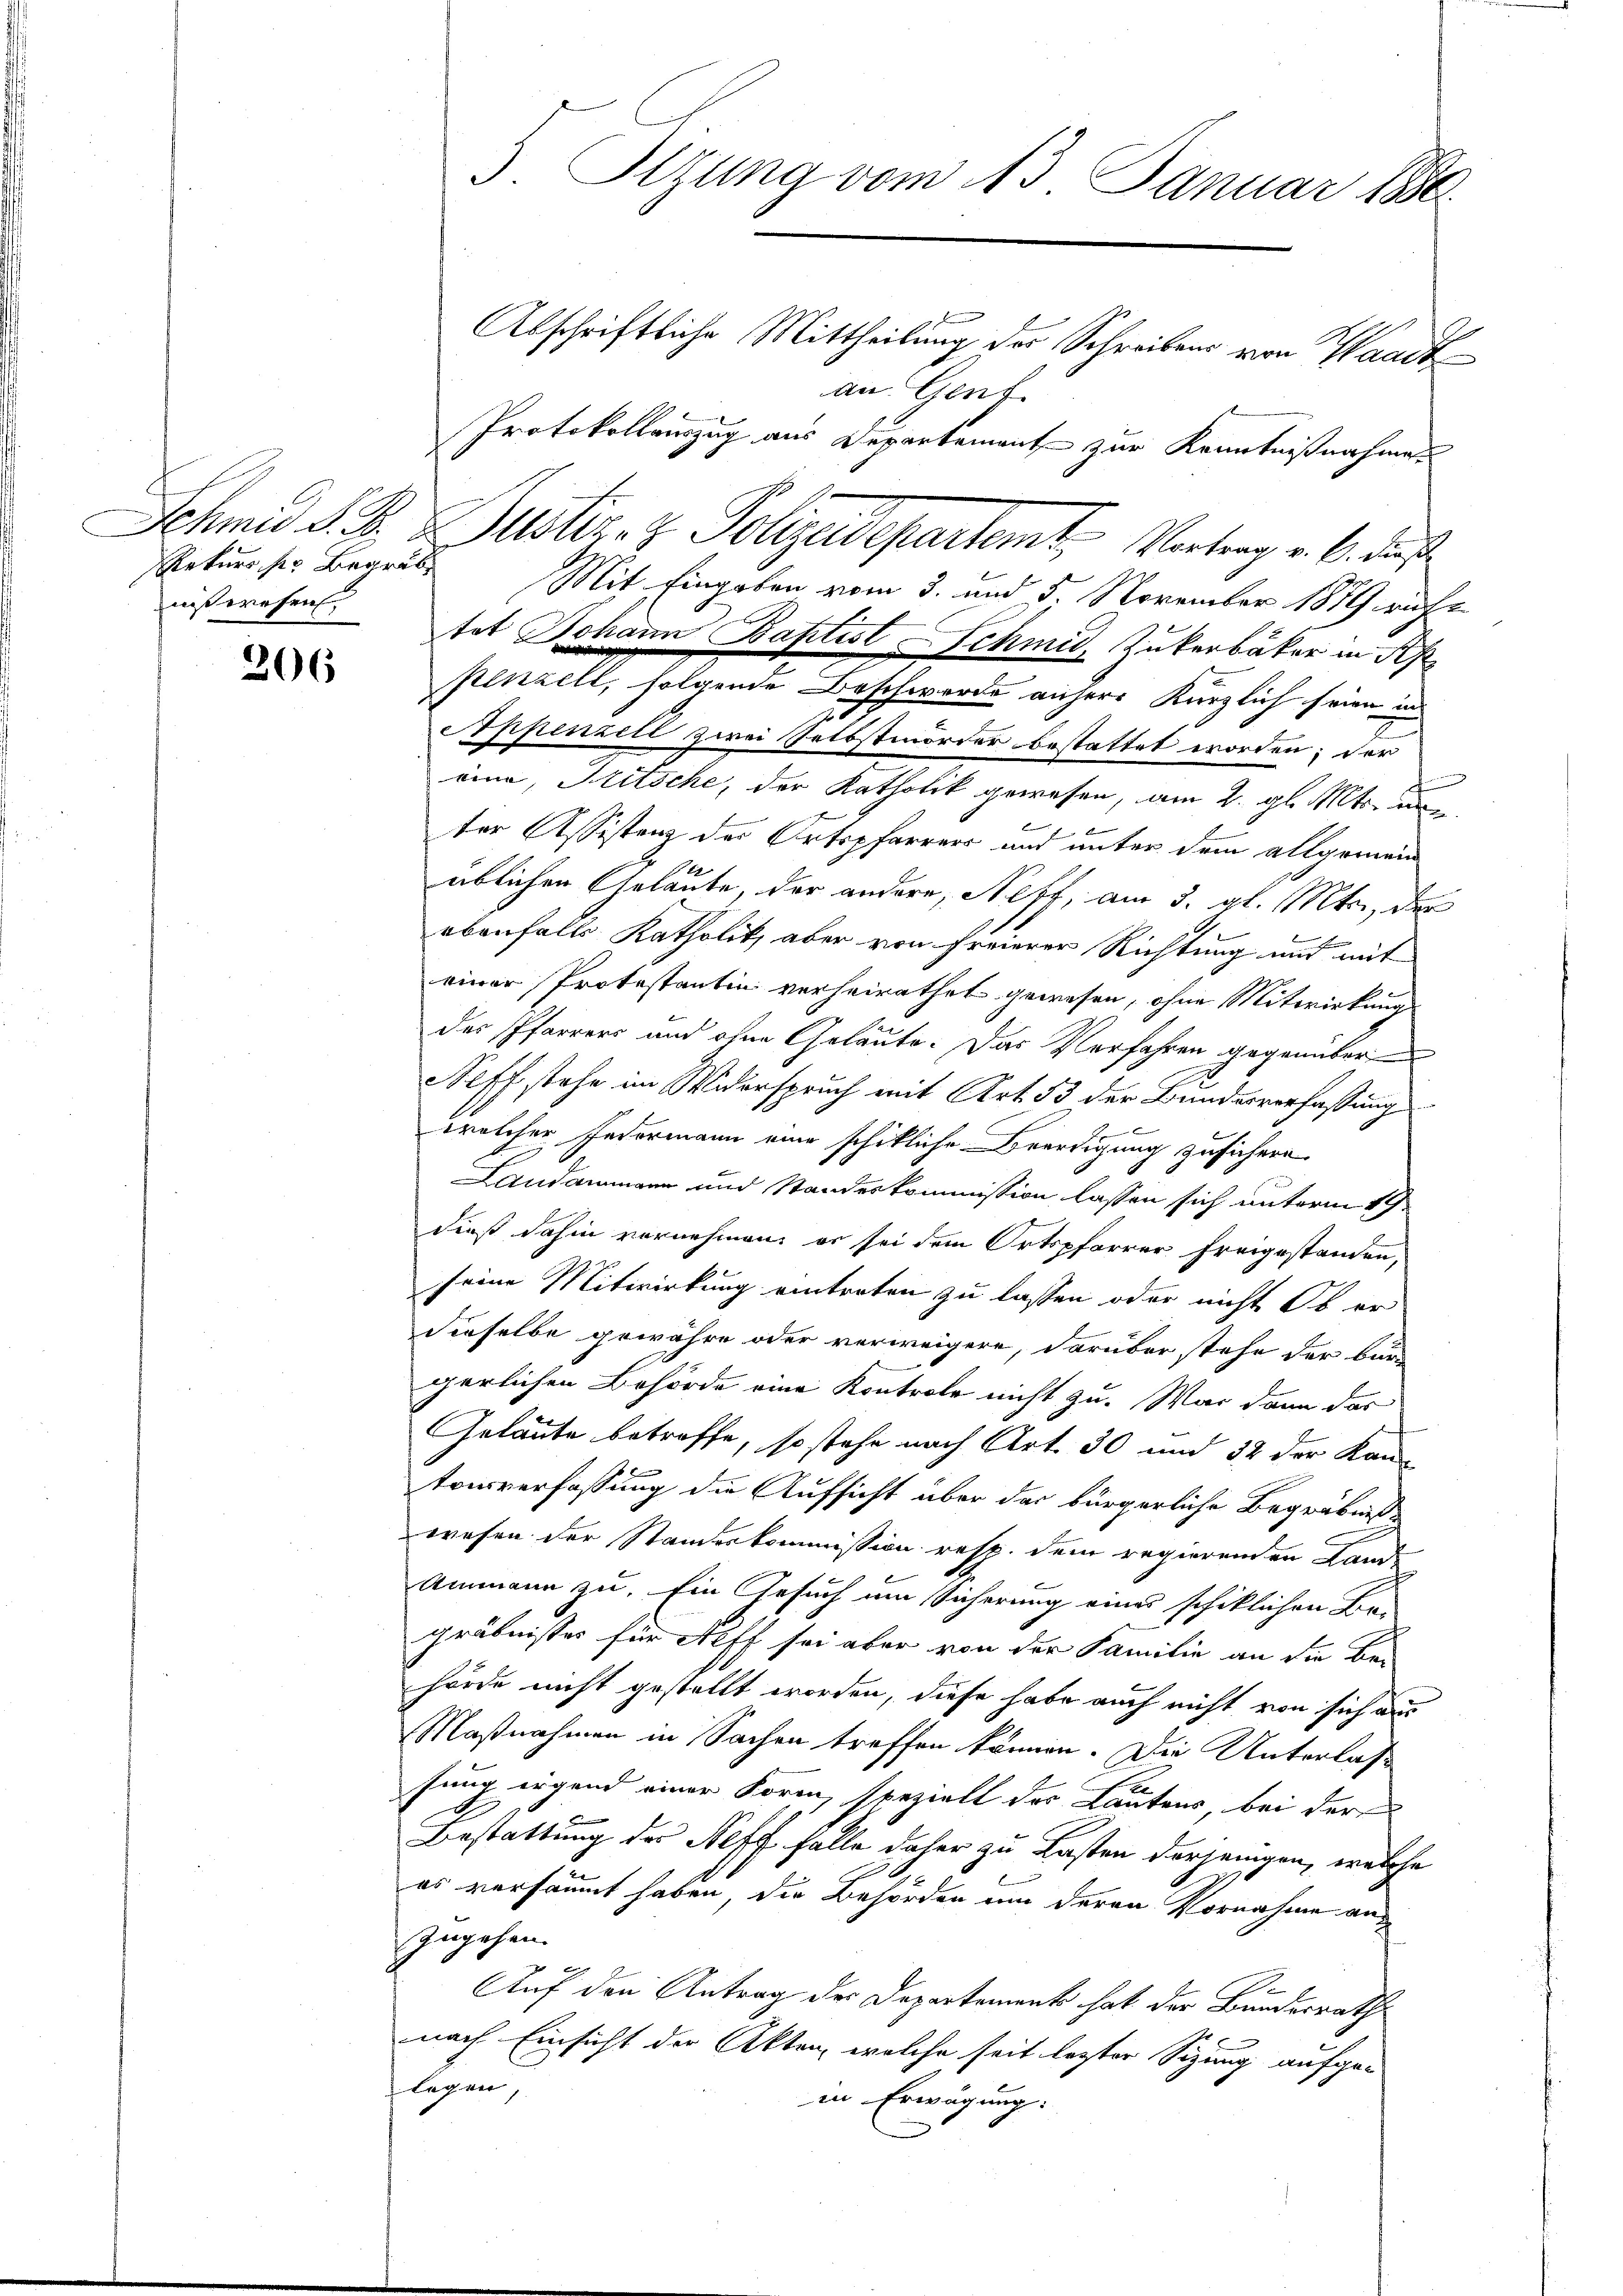
Rekurs der Begräb
nißwesen.

206

Schmid S. B. Mustiz- & Polizeidepartemt. Vortrag v. 6. daß
Mit Eingeben vom 3. und 5. November 1879 rufe
tet Johann Baptist Schmid, Zukerbäker in S
penzell, folgende Beschwerde anhere Kürzlich seien in
Eppenzell zwei Selbstmorder bestattet worden; der
rina, Kitsche, der Katholik gewesen, am 2. gl. Mts. v

ter Assistenz der Ortspfarrers und unter dem allgemein
1
üblichen Gelaute, der andere, Neff, am 3. gl. Mts., der
ebenfalls Katholik, aber von freierer Richtung und mit
einer Protestantin verheirathet gewesen, ohne Mitwirkung
des Pfarrers und ohne Gelaute. Das Verfahren gegenüber
Neff stehe im Widerspruch mit Art. 53 der Bundesverfassung
welcher Federmann eine schikliche Beerdigung zusichern.
Landangen und Standeskommission lassen sich unterm 19
dieß dahin vornehmen, er sei dem Ortspfarrer freigestanden,
seine Mitwirkung eintreten zu lassen oder nicht Ob er
dieselbe gewähre oder verweigere, darüber stehe der bur
gerlichen Behörde eine Kontrole nicht zu. War dann das
Geläute betroffe, so stehe nach Art. 30 und 32 der Kan-
b
tonsverfassung die Aufsicht über das bürgerliche Begräbniswesen der Standeskommission resp. dem regierenden Land¬
Ammann zu, ein Gesuch um Sicherung eines schiklichen Be-
gräbnisses für Neff sei aber von der Familie an die Be-
hörde nicht gestellt worden, diese habe auch nicht von sich aus
Maßnahmen in Sachen treffen können. Die Unterlas
sung irgend einer Form, spezielt der Lautens, bei der
Bestattung der Neff falle daher zu Lasten derjenigen, welche
es versäumt haben, die Behörden um deren Vornahme an
zugehen.
Auf den Antrag der Departement hat der Bundesraths
nach Einsicht der Akten, welche seit lezter Sitzung aufge-
legen,
in Erwägung:

5. Tizung vom 13. Januar 1880
Abschriftliche Mittheilung der Schreibens von Waadt
an Genf.

Protokollauszug aus Departement zur Kenntnißnahme